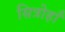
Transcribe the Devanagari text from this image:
सित्रोहाँ